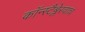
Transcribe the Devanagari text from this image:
कॉन्स्टैब्लेरवाच